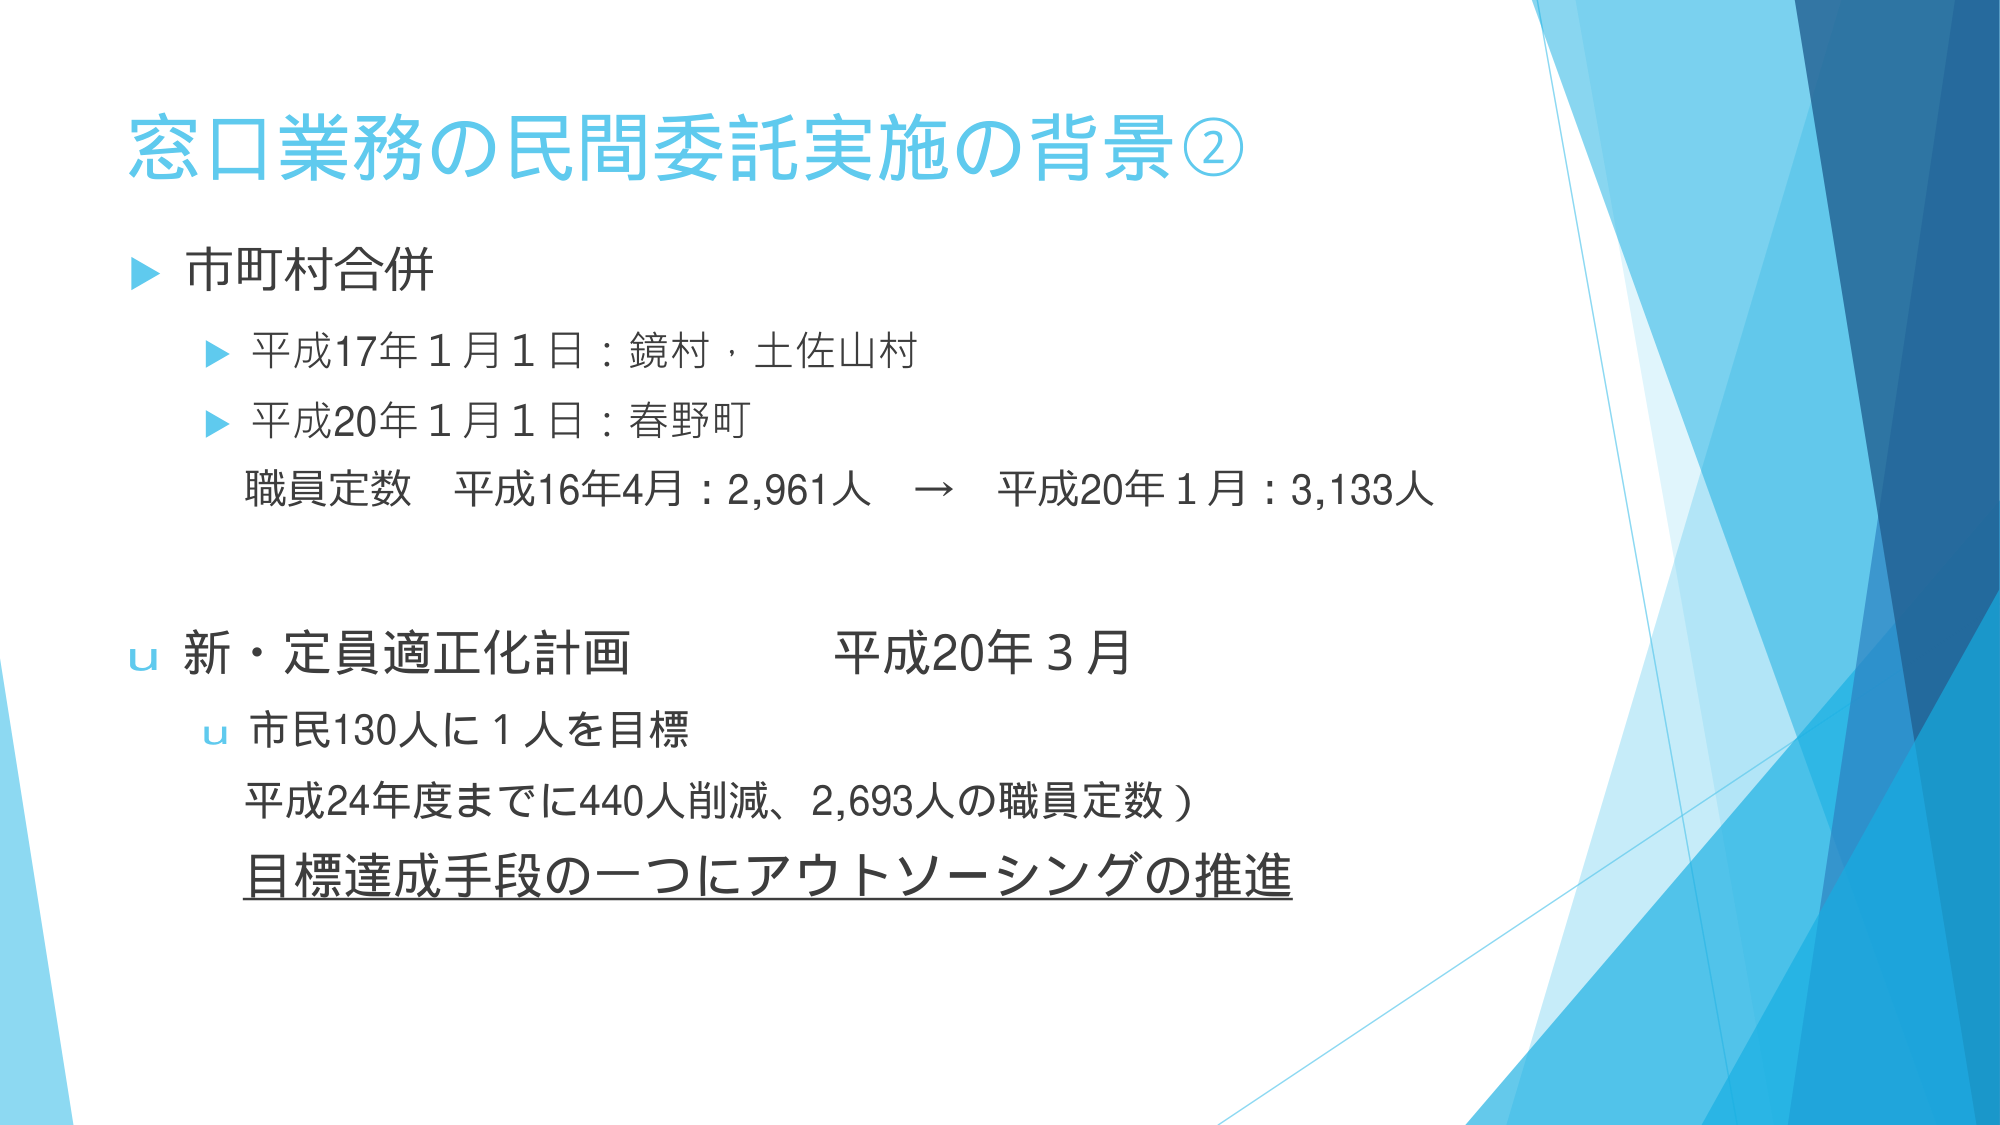
窓口業務の民間委託実施の背景②

▶ 市町村合併
　▶ 平成17年1月1日：鏡村・土佐山村
　▶ 平成20年1月1日：春野町
　職員定数 平成16年4月：2,961人 → 平成20年1月：3,133人

u 新・定員適正化計画　　　平成20年3月
　u 市民130人に1人を目標
　平成24年度までに440人削減、2,693人の職員定数）
　目標達成手段の一つにアウトソーシングの推進